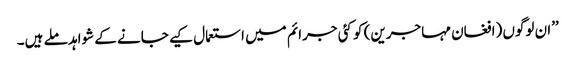
’’ان لوگوں (افغان مہاجرین) کو کئی جرائم میں استعمال کیے جانے کے شواہد ملے ہیں۔